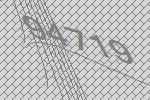
94719